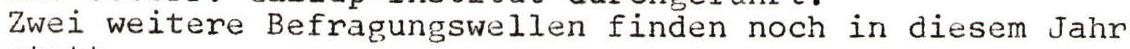
Zwei weitere Befragungswellen finden noch in diesem Jahr